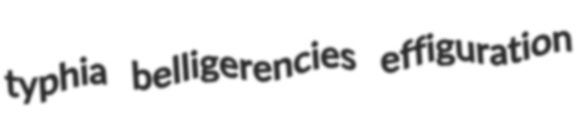
typhia belligerencies effiguration